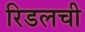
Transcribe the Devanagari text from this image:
रिडलची